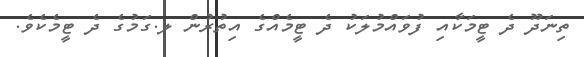
ތިނަދޫ ދެ ޓީމަކާއި ފުވައްމުލަކު ދެ ޓީމެއްގެ އިތުރުން ލ.ގަމުގެ ދެ ޓީމެކެވެ.